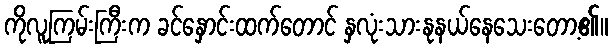
ကိုလူကြမ်းကြီးက ခင်နှောင်းထက်တောင် နှလုံးသားနုနယ်နေသေးတော့၏။